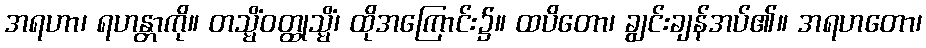
အရဟာ၊ ရဟန္တာကို။ တသ္မိံဝတ္ထုသ္မိံ၊ ထိုအကြောင်း၌။ ထပိတော၊ ချွင်းချန်အပ်၏။ အရဟတော၊